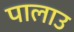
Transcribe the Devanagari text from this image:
पालाउ